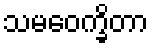
သမဝေက္ခိတာ